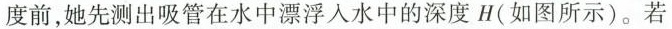
度前，她先测出吸管在水中漂浮入水中的深度 H(如图所示)。若